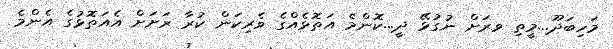
މަހިބަދޫ...މީތި ވރަށް ނުގުޅޭ ދީ...ކޮންމެ އަތޮޅެއްގެ ވެރިކަން ކުރާ ރަށަށް އެއަތޮޅުގެ އެންމެ